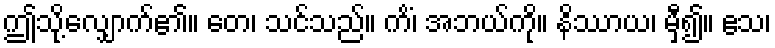
ဤသို့လျှောက်၏။ တေ၊ သင်သည်။ ကိံ၊ အဘယ်ကို။ နိဿာယ၊ မှီ၍။ ဧသ၊